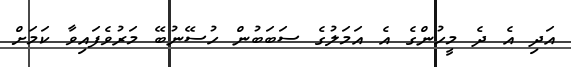
އަދި އެ ދެ މީހުންގެ އެ އަމަލުގެ ސަބަބުން ހުސޭނުބޭ މަރުވެފައިވާ ކަމަށް